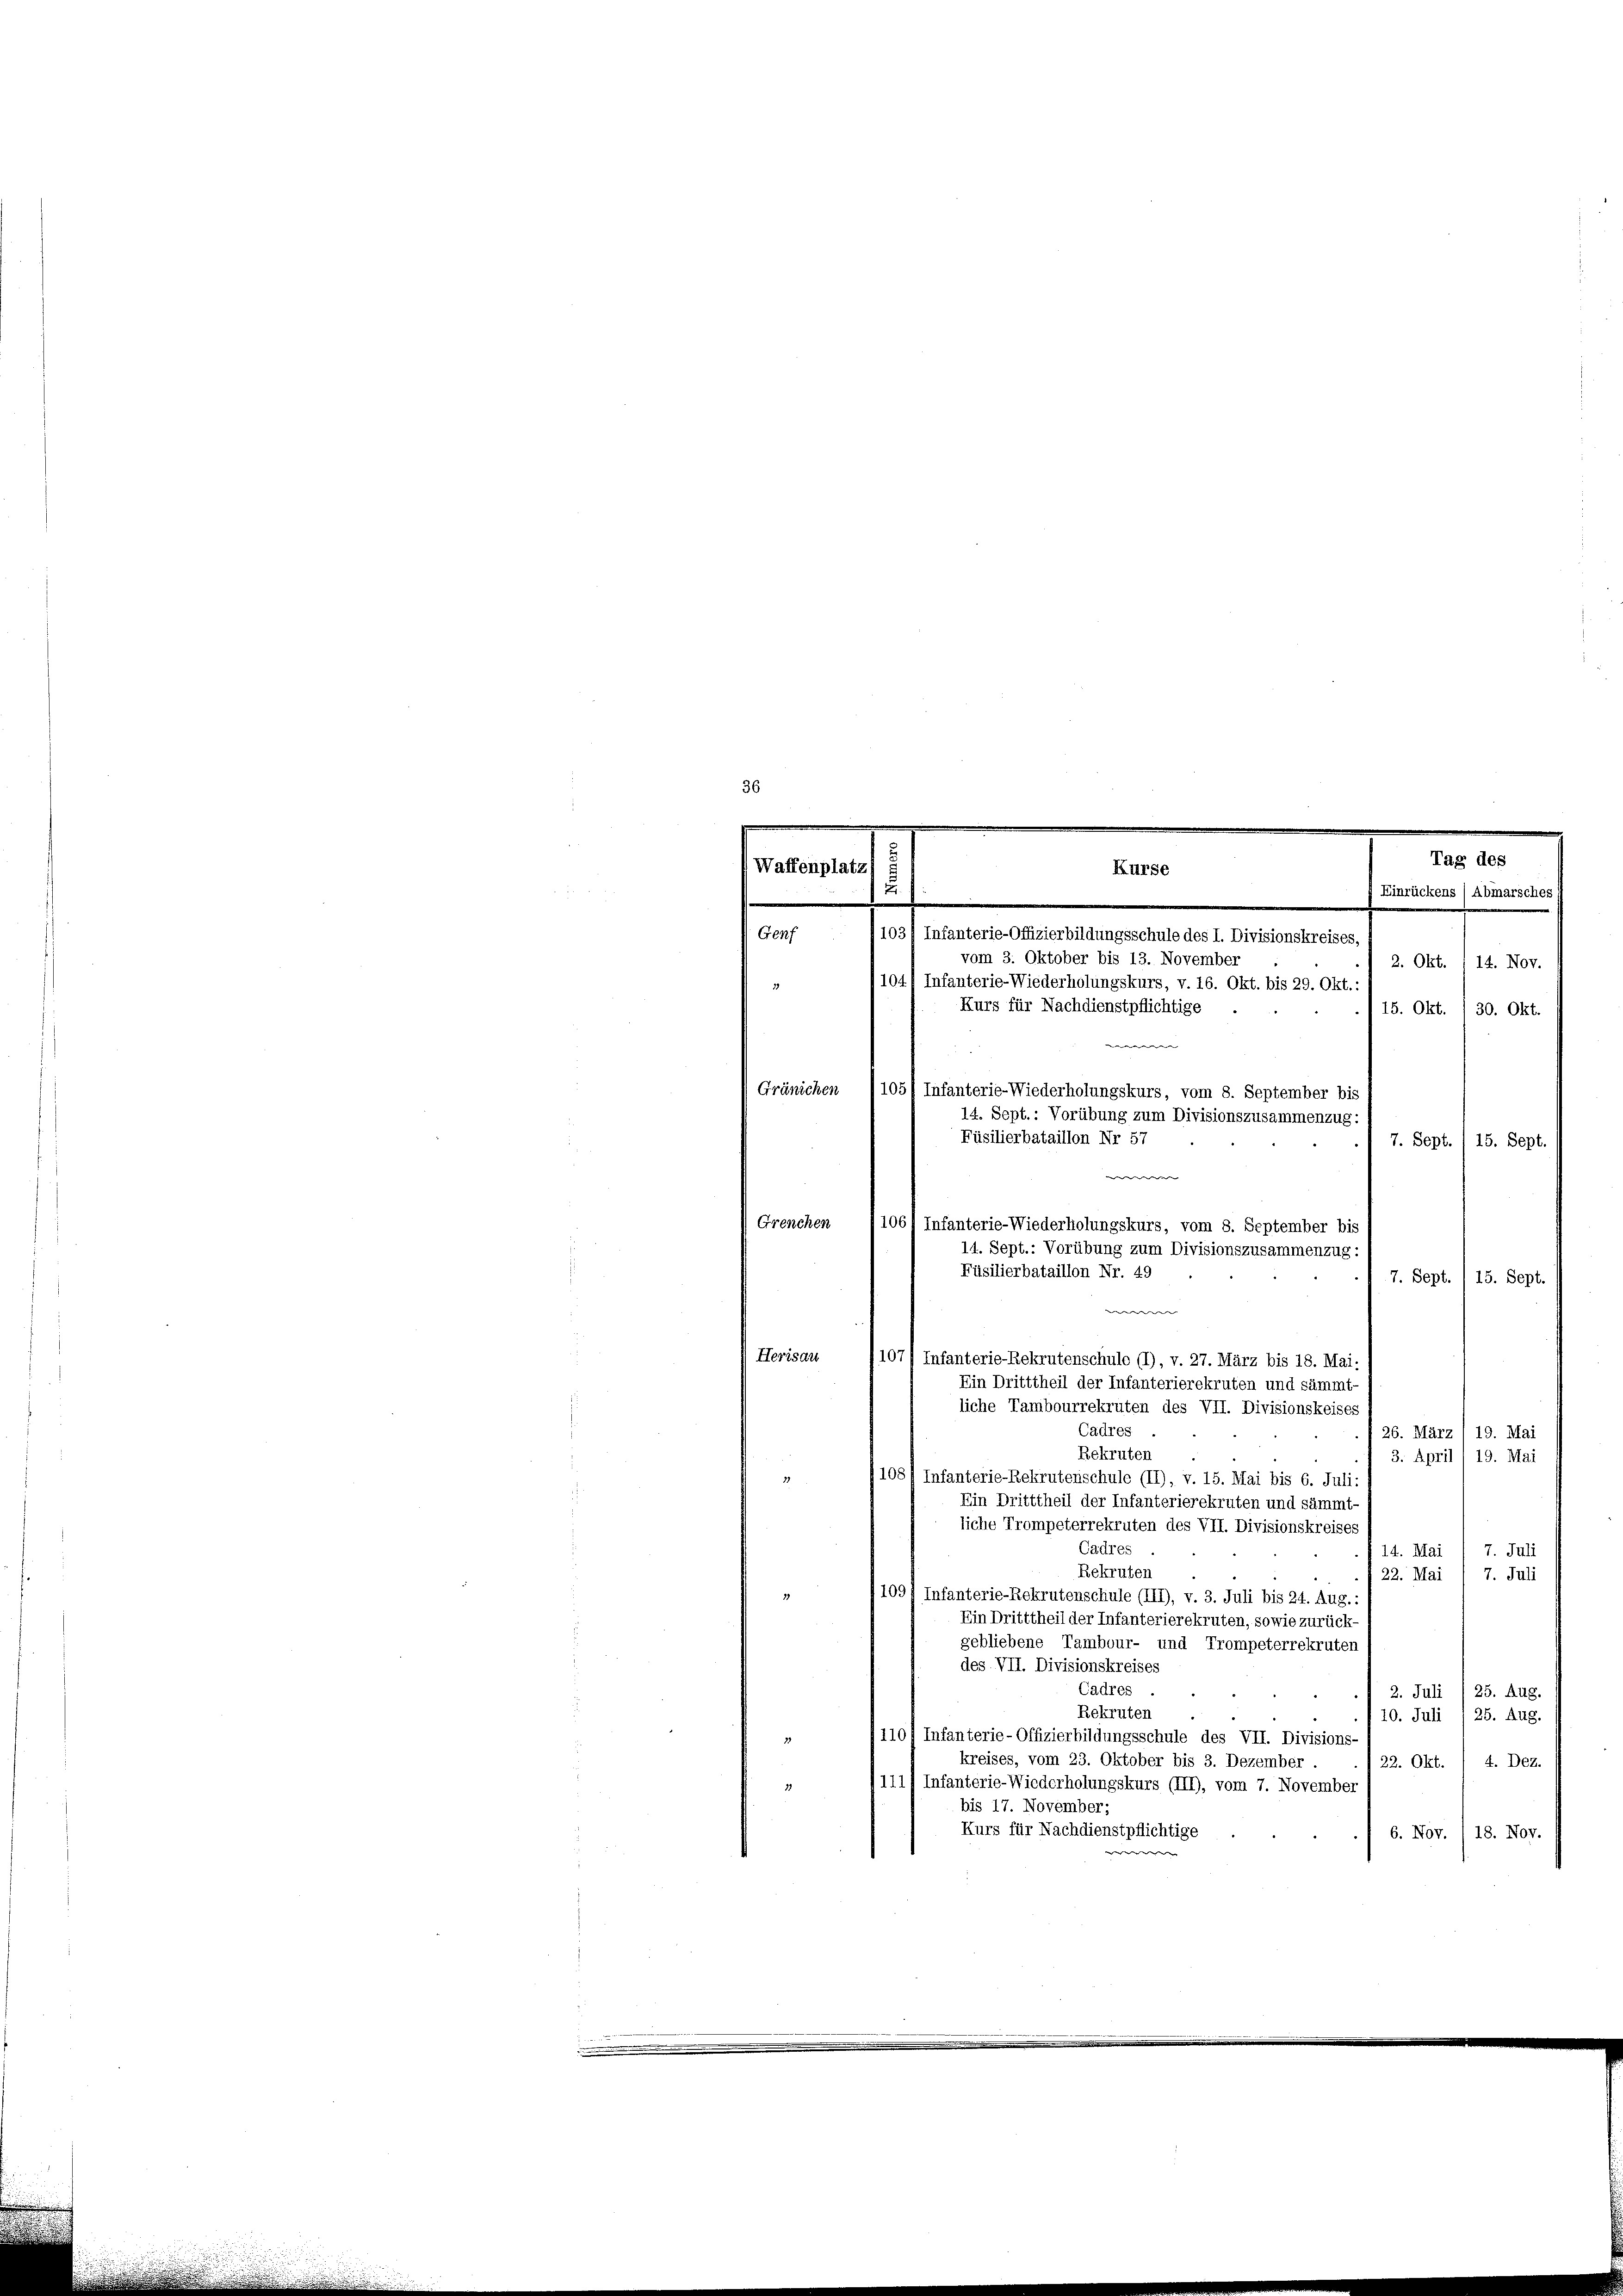
Waffenplatz
u

Kurse

e
103/ Infanterie-Offizierbildungsschule des I. Divisionskreises,
Genf
vom 3. Oktober bis 13. November
2. Okt. 14. Nov.
104) Infanterie-Wiederholungskurs, v. 16. Okt. bis 29. Okt.:
Kurs für Nachdienstpflichtige
15. Okt. /30. Okt.
e
Gränichen (1051 Infanterie-Wiederholungskurs, vom 8. September bis
14. Sept.: Vorübung zum Divisionszusammenzug:
Füsilierbataillon Nr 57
7. Sept. (15. Sept.
er
Grenchen
106) Infanterie-Wiederholungskurs, vom 8. September bis
14. Sept.: Vorübung zum Divisionszusammenzug:
Füsilierbataillon Nr. 49
7. Sept. 15. Sept.
e
Herisau
107/ Infanterie-Rekrutenschule (1), v. 27. März bis 18. Mai.
Ein Dritttheil der Infanterierekruten und sämmt-
liche Tambourrekruten des VII. Divisionskeises
Cadres
26. März / 19. Mai
Bekruten
3. April 19. Mai
108/ Infanterie-Rekrutenschule (II), v. 15. Mai bis 6. Juli:
.
Ein Dritttheil der Infanterierekruten und sämmt-
liche Trompeterrekruten des VII. Divisionskreises
Cadres
7. Juli
14. Mai
Rekruten
22. Mai
7. Juli
1091 Infanterie-Rekrutenschule (III), v. 3. Juli bis 24. Aug.:
Ein Dritttheil der Infanterierekruten, sowie zurück-
gebliebene Tambour- und Trompeterrekruten
des VII. Divisionskreises
Cadres
2. Juli 1 25. Aug.
Rekruten
10. Juli /25. Aug.
110) Infanterie-Offizierbildungsschule des VII. Divisions-
kreises, vom 23. Oktober bis 3. Dezember
22. Okt. / 4. Dez.
11111 Infanterie-Wiederholungskurs (III), vom 7. November
11
bis 17. November;
Kurs für Nachdienstpflichtige
6. Nov. 18. Nov.

Tag des
Einrückens / Abmarsches